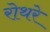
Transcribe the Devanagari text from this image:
रोथरे